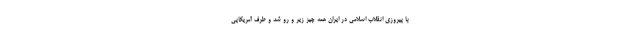
با پیروزی انقلاب اسلامی در ایران همه چیز زیر و رو شد و طرف آمریکایی